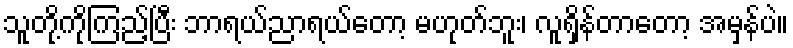
သူတို့ကိုကြည့်ပြီး ဘာရယ်ညာရယ်တော့ မဟုတ်ဘူး၊ လူရှိန်တာတော့ အမှန်ပဲ။